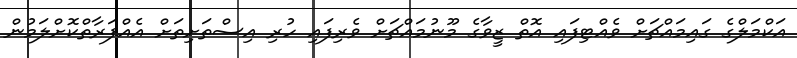
އަކްމަލްގެ ގައިމައްޗަށް ވެއްޓިފައި އޮތް ޒީވާގެ މޫނުމައްޗަށް ވެރިފައި ހުރި އިސްތަށިތަށް އެއްފަރާތްކޮށްލަމުން